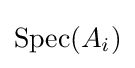
{\text{Spec}}(A_{i})